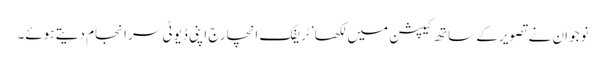
نوجوان نے تصویر کے ساتھ کیپشن میں لکھا ’ٹریفک انچارج اپنی ڈیوٹی سر انجام دیتے ہوئے۔